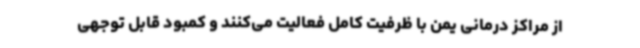
از مراکز درمانی یمن با ظرفیت کامل فعالیت می‌کنند و کمبود قابل توجهی